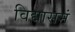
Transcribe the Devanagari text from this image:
विद्यासमं